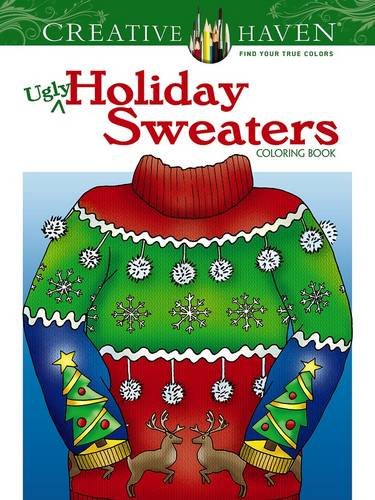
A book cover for Creative Haven Ugly Holiday Sweaters Coloring Book (Creative Haven Coloring Books); Ellen Christiansen Kraft; Humor & Entertainment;